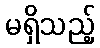
မရှိသည့်